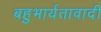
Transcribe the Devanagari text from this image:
बहुभार्यतावादी